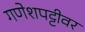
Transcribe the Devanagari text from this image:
गणेशपट्टीवर